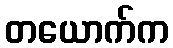
တယောက်က